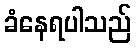
ခံနေရပါသည်